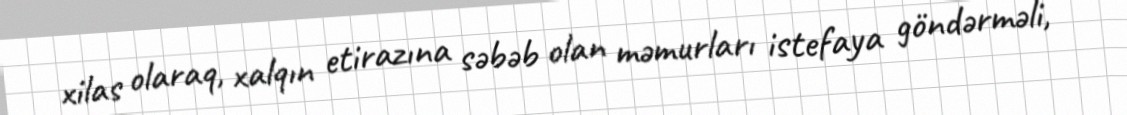
xilas olaraq, xalqın etirazına səbəb olan məmurları istefaya göndərməli,